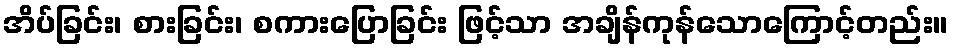
အိပ်ခြင်း၊ စားခြင်း၊ စကားပြောခြင်း ဖြင့်သာ အချိန်ကုန်သောကြောင့်တည်း။